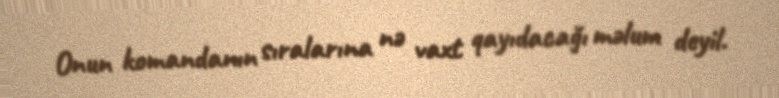
Onun komandanın sıralarına nə vaxt qayıdacağı məlum deyil.